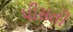
પીસતી